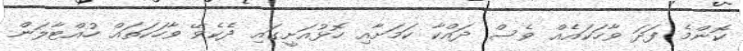
ކޮންމެ ފަދަ ވާހަކައެއް ވެސް ދައްކާ ކަމަށާއި ހޮޅުއަށީގައި ދެކެވޭ ވާހަކަތައް ހުއްޓާލަން